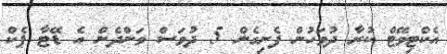
އެކްޓިވޭޓް ކުރާ ދުވަހުން ފެށިގެން 5 ދުވަސް ވަންދެން އެ ޑޭޓާ ޕެކް